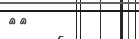
١٧